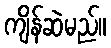
ကျိန်ဆဲမည်။